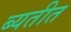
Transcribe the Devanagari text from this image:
ब्यतीत